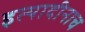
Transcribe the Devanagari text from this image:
इत्यादीनाच